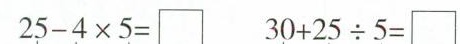
$$2 5 - 4 \times 5 = \Box$$ $$3 0 + 2 5 \div 5 = \Box$$